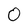
Character: O